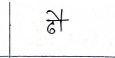
मजकूर: ढौ